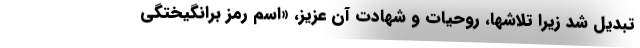
تبدیل شد زیرا تلاشها، روحیات و شهادت آن عزیز، «اسم رمز برانگیختگی